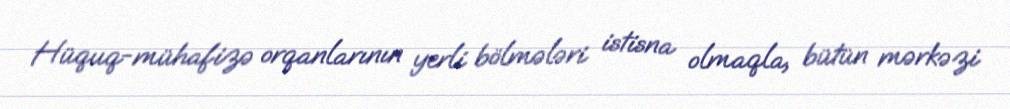
Hüquq-mühafizə orqanlarının yerli bölmələri istisna olmaqla, bütün mərkəzi